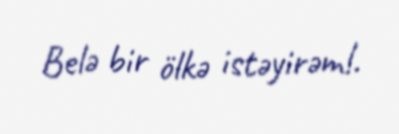
Belə bir ölkə istəyirəm!.